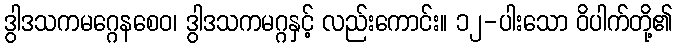
ဒွါဒသကမဂ္ဂေနစေဝ၊ ဒွါဒသကမဂ္ဂနှင့် လည်းကောင်း။ ၁၂-ပါးသော ဝိပါက်တို့၏